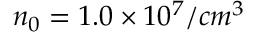
n _ { 0 } = 1 . 0 \times 1 0 ^ { 7 } / c m ^ { 3 }